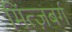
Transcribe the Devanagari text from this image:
मिंत्ज़बर्ग